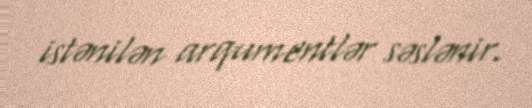
istənilən arqumentlər səslənir.